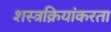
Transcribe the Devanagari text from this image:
शस्त्रक्रियांकरता